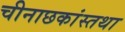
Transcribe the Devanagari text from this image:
चीनाछकांस्तथा